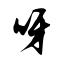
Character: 呀